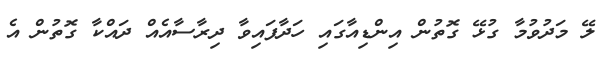
ލޭ މަދުވުމާ ގުޅޭ ގޮތުން އިންޑިއާގައި ހަދާފައިވާ ދިރާސާއެއް ދައްކާ ގޮތުން އެ